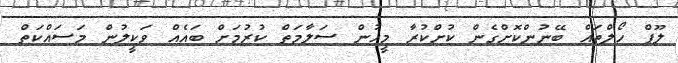
ލޫޕް ހޯލްތައް ބޭނުންކޮށްގެން ކުށްކުރާ މީހުން ސަލާމަތް ކުރުމަށް ބައެއް ވަކީލުން މަސައްކަތް